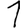
Digit: 1